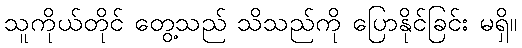
သူကိုယ်တိုင် တွေ့သည် သိသည်ကို ပြောနိုင်ခြင်း မရှိ။